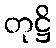
တုဋ္ဌိ